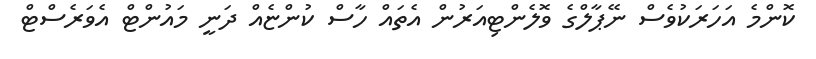
ކޮންމެ އަހަރަކުވެސް ނޭޕާލްގެ ވޮލެންޓިއަރުން އެތައް ހާސް ކުންޏެއް ދަނީ މައުންޓް އެވަރެސްޓް